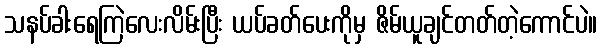
သနပ်ခါးရေကြဲလေးလိမ်းပြီး ယပ်ခတ်ပေးကိုမှ ဇိမ်ယူချင်တတ်တဲ့ကောင်ပဲ။